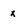
Character: x